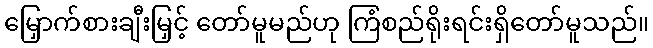
မြှောက်စားချီးမြှင့် တော်မူမည်ဟု ကြံစည်ရိုးရင်းရှိတော်မူသည်။